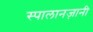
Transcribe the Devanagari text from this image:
स्पालानज़ानी